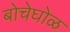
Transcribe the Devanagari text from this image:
बोचेघोळ